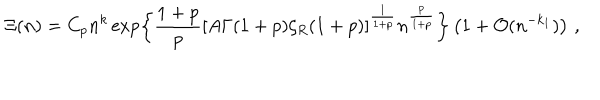
\Xi ( n ) = C _ { p } n ^ { k } \exp \left\{ \frac { 1 + p } { p } [ A \Gamma ( 1 + p ) \zeta _ { R } ( 1 + p ) ] ^ { \frac 1 { 1 + p } } n ^ { \frac { p } { 1 + p } } \right\} \left( 1 + { \cal O } ( n ^ { - k _ { 1 } } ) \right) \, \mathrm { , }